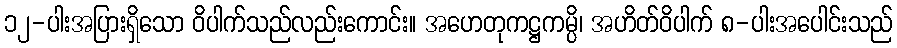
၁၂-ပါးအပြားရှိသော ဝိပါက်သည်လည်းကောင်း။ အဟေတုကဋ္ဌကမ္ပိ၊ အဟိတ်ဝိပါက် ၈-ပါးအပေါင်းသည်